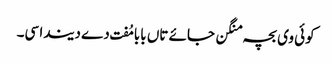
کوئی وی بچہ منگن جائے تاں بابا مُفت دے دیندا سی۔